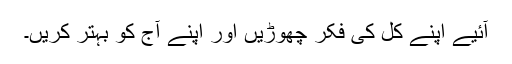
آئیے اپنے کل کی فکر چھوڑیں اور اپنے آج کو بہتر کریں۔